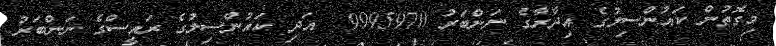
މިގޮތުން ކައުންސިލުގެ އިދާރާގެ ނަންބަރު 9995970  އަދި ކައުންސިލުގެ ރައީސްގެ ނަންބަރު